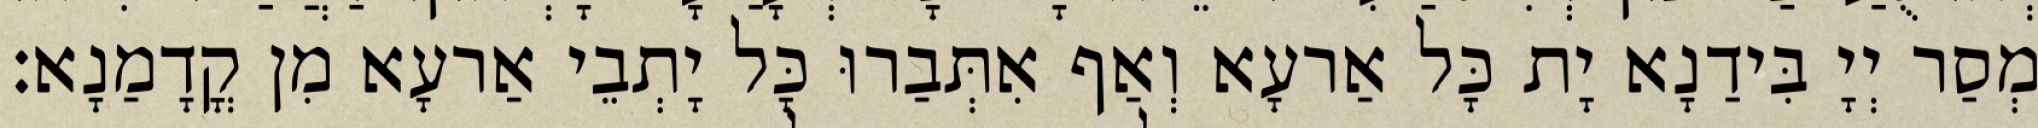
מְסַר יְיָ בִּידַנָא יָת כָּל אַרעָא וְאַף אִתְּבַרוּ כָּל יָתְבֵי אַרעָא מִן קֳדָמַנָא׃